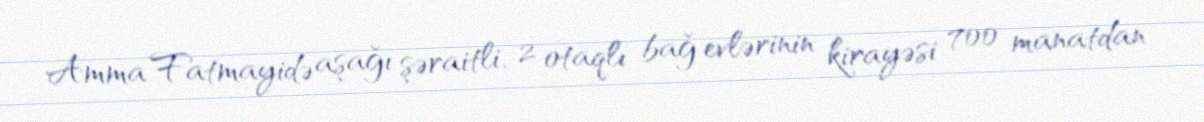
Amma Fatmayidə aşağı şəraitli, 2 otaqlı bağ evlərinin kirayəsi 700 manatdan